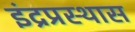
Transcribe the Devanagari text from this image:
इंद्रप्रस्थास